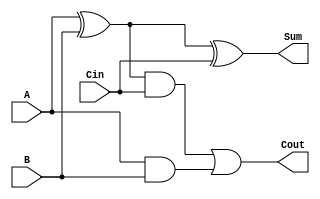
module full_adder(
  input A, 
  input B, 
  input Cin,
  output Sum, 
  output Cout
);

// XOR gates
wire x1, x2;
assign x1 = A ^ B;
assign Sum = x1 ^ Cin;

// AND gates
assign x2 = A & B;
assign Cout = x1 & Cin | x2;

endmodule